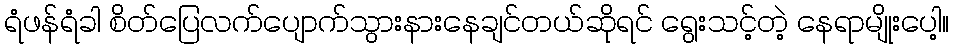
ရံဖန်ရံခါ စိတ်ပြေလက်ပျောက်သွားနားနေချင်တယ်ဆိုရင် ရွေးသင့်တဲ့ နေရာမျိုးပေါ့။